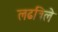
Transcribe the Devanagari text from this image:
लढविले